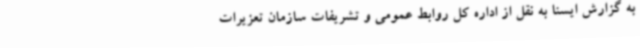
به گزارش ایسنا به نقل از اداره کل روابط عمومی و تشریفات سازمان تعزیرات